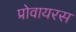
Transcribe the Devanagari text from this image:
प्रोवायरस